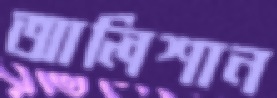
আলিশান